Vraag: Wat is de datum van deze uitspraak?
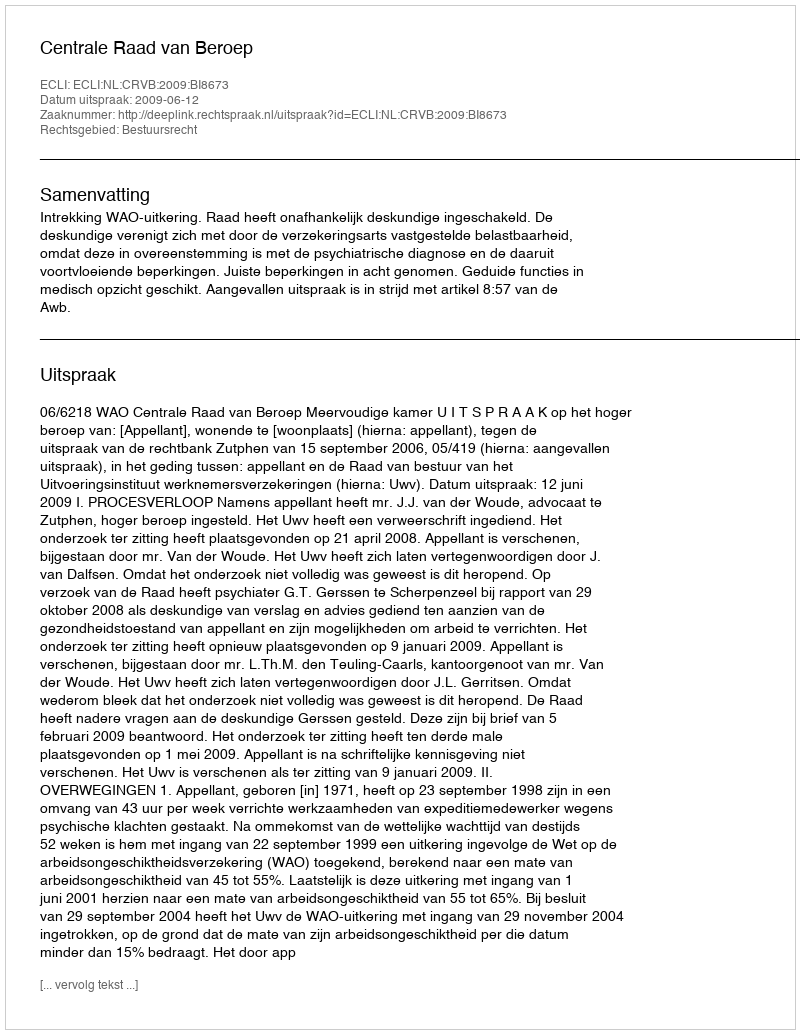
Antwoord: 2009-06-12